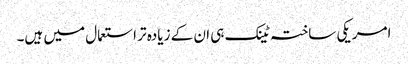
امریکی ساختہ ٹینک ہی ان کے زیادہ تر استعمال میں ہیں۔